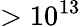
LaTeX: >10^{13}